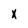
Character: x